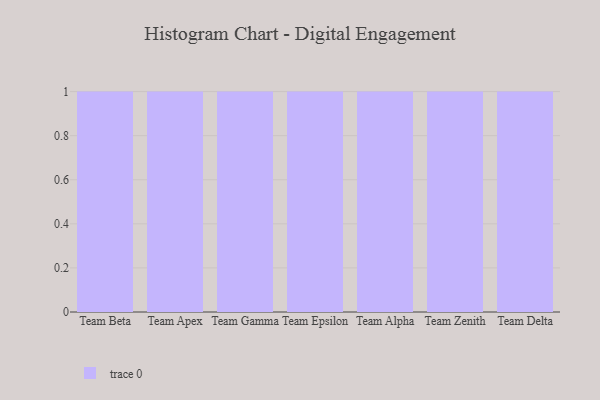
{"axis": {"x": "Team", "y": "Satisfaction Score"}, "legend": [""], "data": [{"x": "Team Beta", "y": 22, "type": ""}, {"x": "Team Apex", "y": 46, "type": ""}, {"x": "Team Gamma", "y": 5, "type": ""}, {"x": "Team Epsilon", "y": 79, "type": ""}, {"x": "Team Alpha", "y": 4, "type": ""}, {"x": "Team Zenith", "y": 9, "type": ""}, {"x": "Team Delta", "y": 70, "type": ""}]}